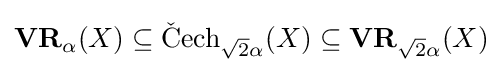
\mathbf {VR} _{\alpha }(X)\subseteq \operatorname {{\check {C}}ech} _{{\sqrt {2}}\alpha }(X)\subseteq \mathbf {VR} _{{\sqrt {2}}\alpha }(X)